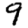
Digit: 9